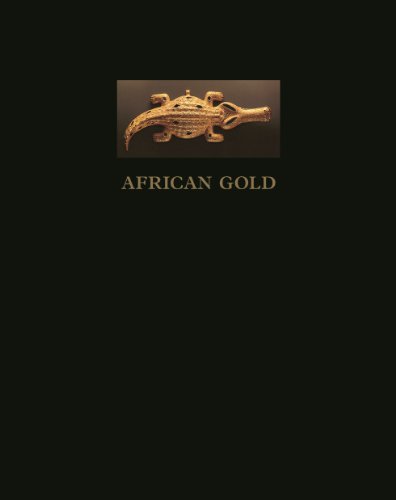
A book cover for African Gold; Timothy F. Garrard; Arts & Photography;